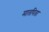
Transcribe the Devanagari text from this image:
मातपिता